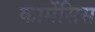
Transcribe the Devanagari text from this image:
कामेंसिस